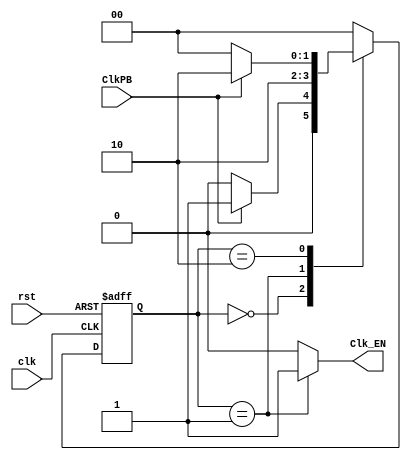
`timescale 1ns/1ns

module OnePulser(input clk, ClkPB, rst, output Clk_EN);
  reg [1:0] ns, ps;
  
  always @(ClkPB, ps) begin
    ns = 2'b00;
    case(ps)
      2'b00: ns = ClkPB ? 2'b01 : 2'b00;
      2'b01: ns = 2'b10;
      2'b10: ns = ClkPB ? 2'b10 : 2'b00;
      default: ns = 2'b00;
    endcase
  end 
  
  always @(posedge clk, posedge rst) begin
    if (rst)
      ps <= 2'b00;
    else
      ps <= ns;
  end
  
  assign Clk_EN = (ps == 2'b01) ? 1'b1 : 1'b0;
    
endmodule